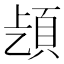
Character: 𩑨